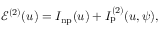
\begin{array} { r } { \mathcal { E } ^ { ( 2 ) } ( u ) = I _ { \mathrm { n p } } ( u ) + I _ { \mathrm { p } } ^ { ( 2 ) } ( u , \psi ) , } \end{array}